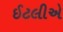
ઈટલીએ